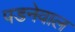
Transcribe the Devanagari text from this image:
पडनेवाल